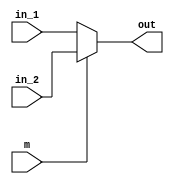
`timescale 1ns / 1ps
//////////////////////////////////////////////////////////////////////////////////
// Company: 
// Engineer: 
// 
// Design Name: 
// Module Name: MUX
// Project Name: 
// Target Devices: 
// Tool Versions: 
// Description: 
// 
// Dependencies: 
// 
// Revision:
// Revision 0.01 - File Created
// Additional Comments:
// 
//////////////////////////////////////////////////////////////////////////////////


module mux(
    input m, // control signal
    input [3:0] in_1,in_2,
    output [3:0] out
);
    assign out=(m==0?in_1:in_2);

endmodule // mux